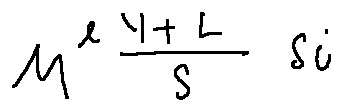
M ^ { l } \frac { Y + L } { S } S i